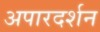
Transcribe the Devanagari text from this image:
अपारदर्शन